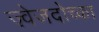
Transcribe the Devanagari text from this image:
ज़्वेजदोच्का